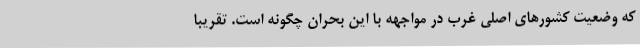
که وضعیت کشورهای اصلی غرب در مواجهه با این بحران چگونه است. تقریبا